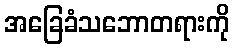
အခြေခံသဘောတရားကို